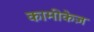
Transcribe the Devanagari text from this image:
कामीकेज़